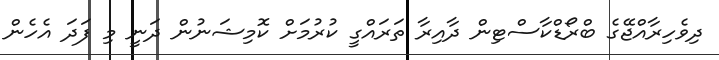
ދިވެހިރާއްޖޭގެ ބްރޯޑްކާސްޓިން ދާއިރާ ތަރައްގީ ކުރުމަށް ކޮމިޝަނުން ދަނީ މި ފަދަ އެހެން